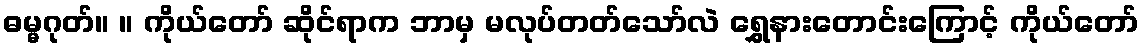
ဓမ္မဂုတ်။ ။ ကိုယ်တော် ဆိုင်ရာက ဘာမှ မလုပ်တတ်သော်လဲ ရွှေနားတောင်းကြောင့် ကိုယ်တော်